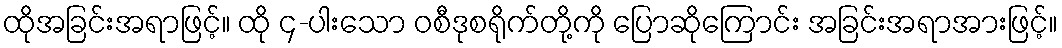
ထိုအခြင်းအရာဖြင့်။ ထို ၄-ပါးသော ဝစီဒုစရိုက်တို့ကို ပြောဆိုကြောင်း အခြင်းအရာအားဖြင့်။